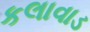
કલાવાડ